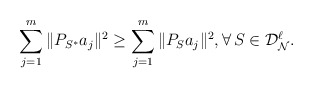
\begin{align*}\sum_{j=1}^{m} \|P_{S^*} a_j\|^2\ge \sum_{j=1}^{m} \|P_{S} a_j\|^2, \forall\, S\in\mathcal{D}_{\mathcal{N}}^{\ell}.\end{align*}